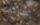
إشارتي